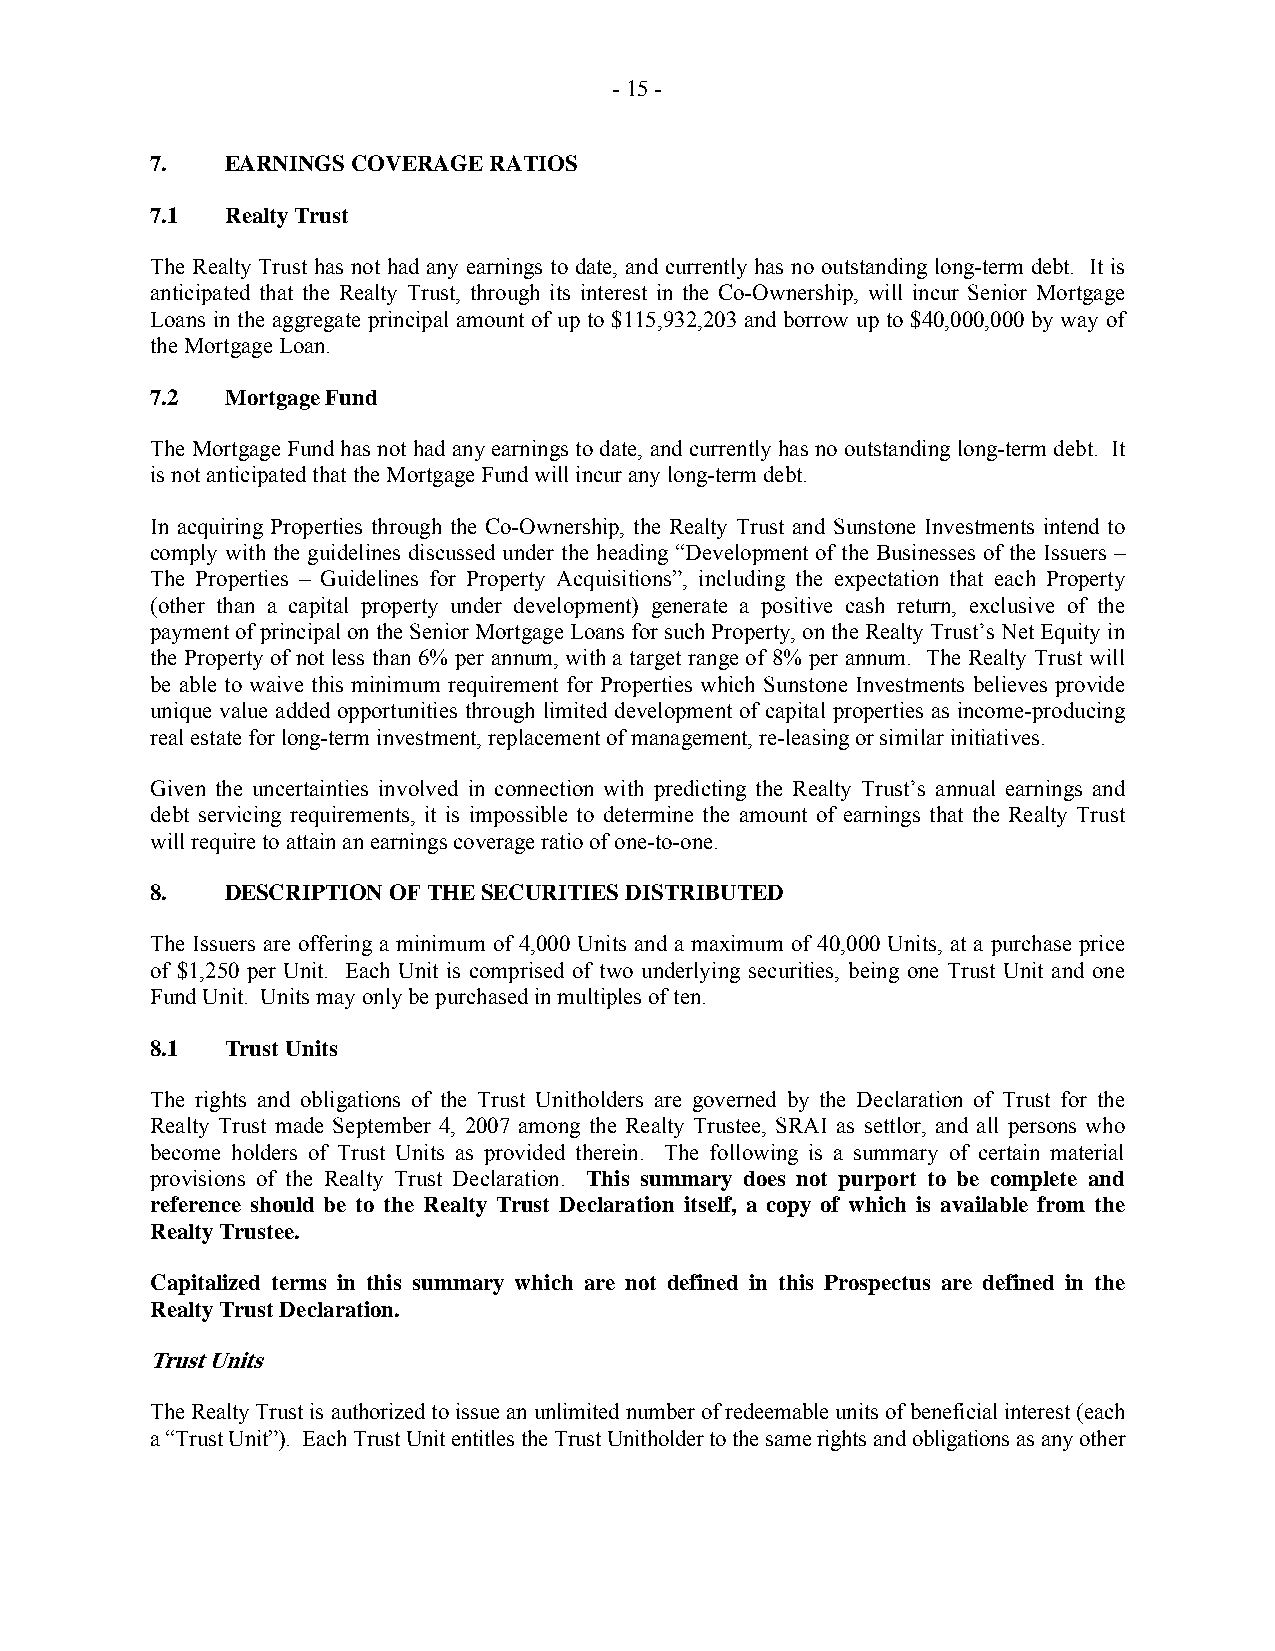
- 15 -
 7.   EARNINGS COVERAGE RATIOS
 7.1  Realty Trust
 The Realty Trust has not had any earnings to date, and currently has no outstanding long-term debt. It is
 anticipated that the Realty Trust, through its interest in the Co-Ownership, will incur Senior Mortgage
 Loans in the aggregate principal amount of up to $115,932,203 and borrow up to $40,000,000 by way of
 the Mortgage Loan.
 7.2  Mortgage Fund
 The Mortgage Fund has not had any earnings to date, and currently has no outstanding long-term debt. It
 is not anticipated that the Mortgage Fund will incur any long-term debt.
 In acquiring Properties through the Co-Ownership, the Realty Trust and Sunstone Investments intend to
 comply with the guidelines discussed under the heading “Development of the Businesses of the Issuers –
 The Properties – Guidelines for Property Acquisitions”, including the expectation that each Property
 (other than a capital property under development) generate a positive cash return, exclusive of the
 payment of principal on the Senior Mortgage Loans for such Property, on the Realty Trust’s Net Equity in
 the Property of not less than 6% per annum, with a target range of 8% per annum. The Realty Trust will
 be able to waive this minimum requirement for Properties which Sunstone Investments believes provide
 unique value added opportunities through limited development of capital properties as income-producing
 real estate for long-term investment, replacement of management, re-leasing or similar initiatives.
 Given the uncertainties involved in connection with predicting the Realty Trust’s annual earnings and
 debt servicing requirements, it is impossible to determine the amount of earnings that the Realty Trust
 will require to attain an earnings coverage ratio of one-to-one.
 8.   DESCRIPTION OF THE SECURITIES DISTRIBUTED
 The Issuers are offering a minimum of 4,000 Units and a maximum of 40,000 Units, at a purchase price
 of $1,250 per Unit. Each Unit is comprised of two underlying securities, being one Trust Unit and one
 Fund Unit. Units may only be purchased in multiples of ten.
 8.1  Trust Units
 The rights and obligations of the Trust Unitholders are governed by the Declaration of Trust for the
 Realty Trust made September 4, 2007 among the Realty Trustee, SRAI as settlor, and all persons who
 become holders of Trust Units as provided therein. The following is a summary of certain material
 provisions of the Realty Trust Declaration. This summary does not purport to be complete and
 reference should be to the Realty Trust Declaration itself, a copy of which is available from the
 Realty Trustee.
 Capitalized terms in this summary which are not defined in this Prospectus are defined in the
 Realty Trust Declaration.
 Trust Units
 The Realty Trust is authorized to issue an unlimited number of redeemable units of beneficial interest (each
 a “Trust Unit”). Each Trust Unit entitles the Trust Unitholder to the same rights and obligations as any other